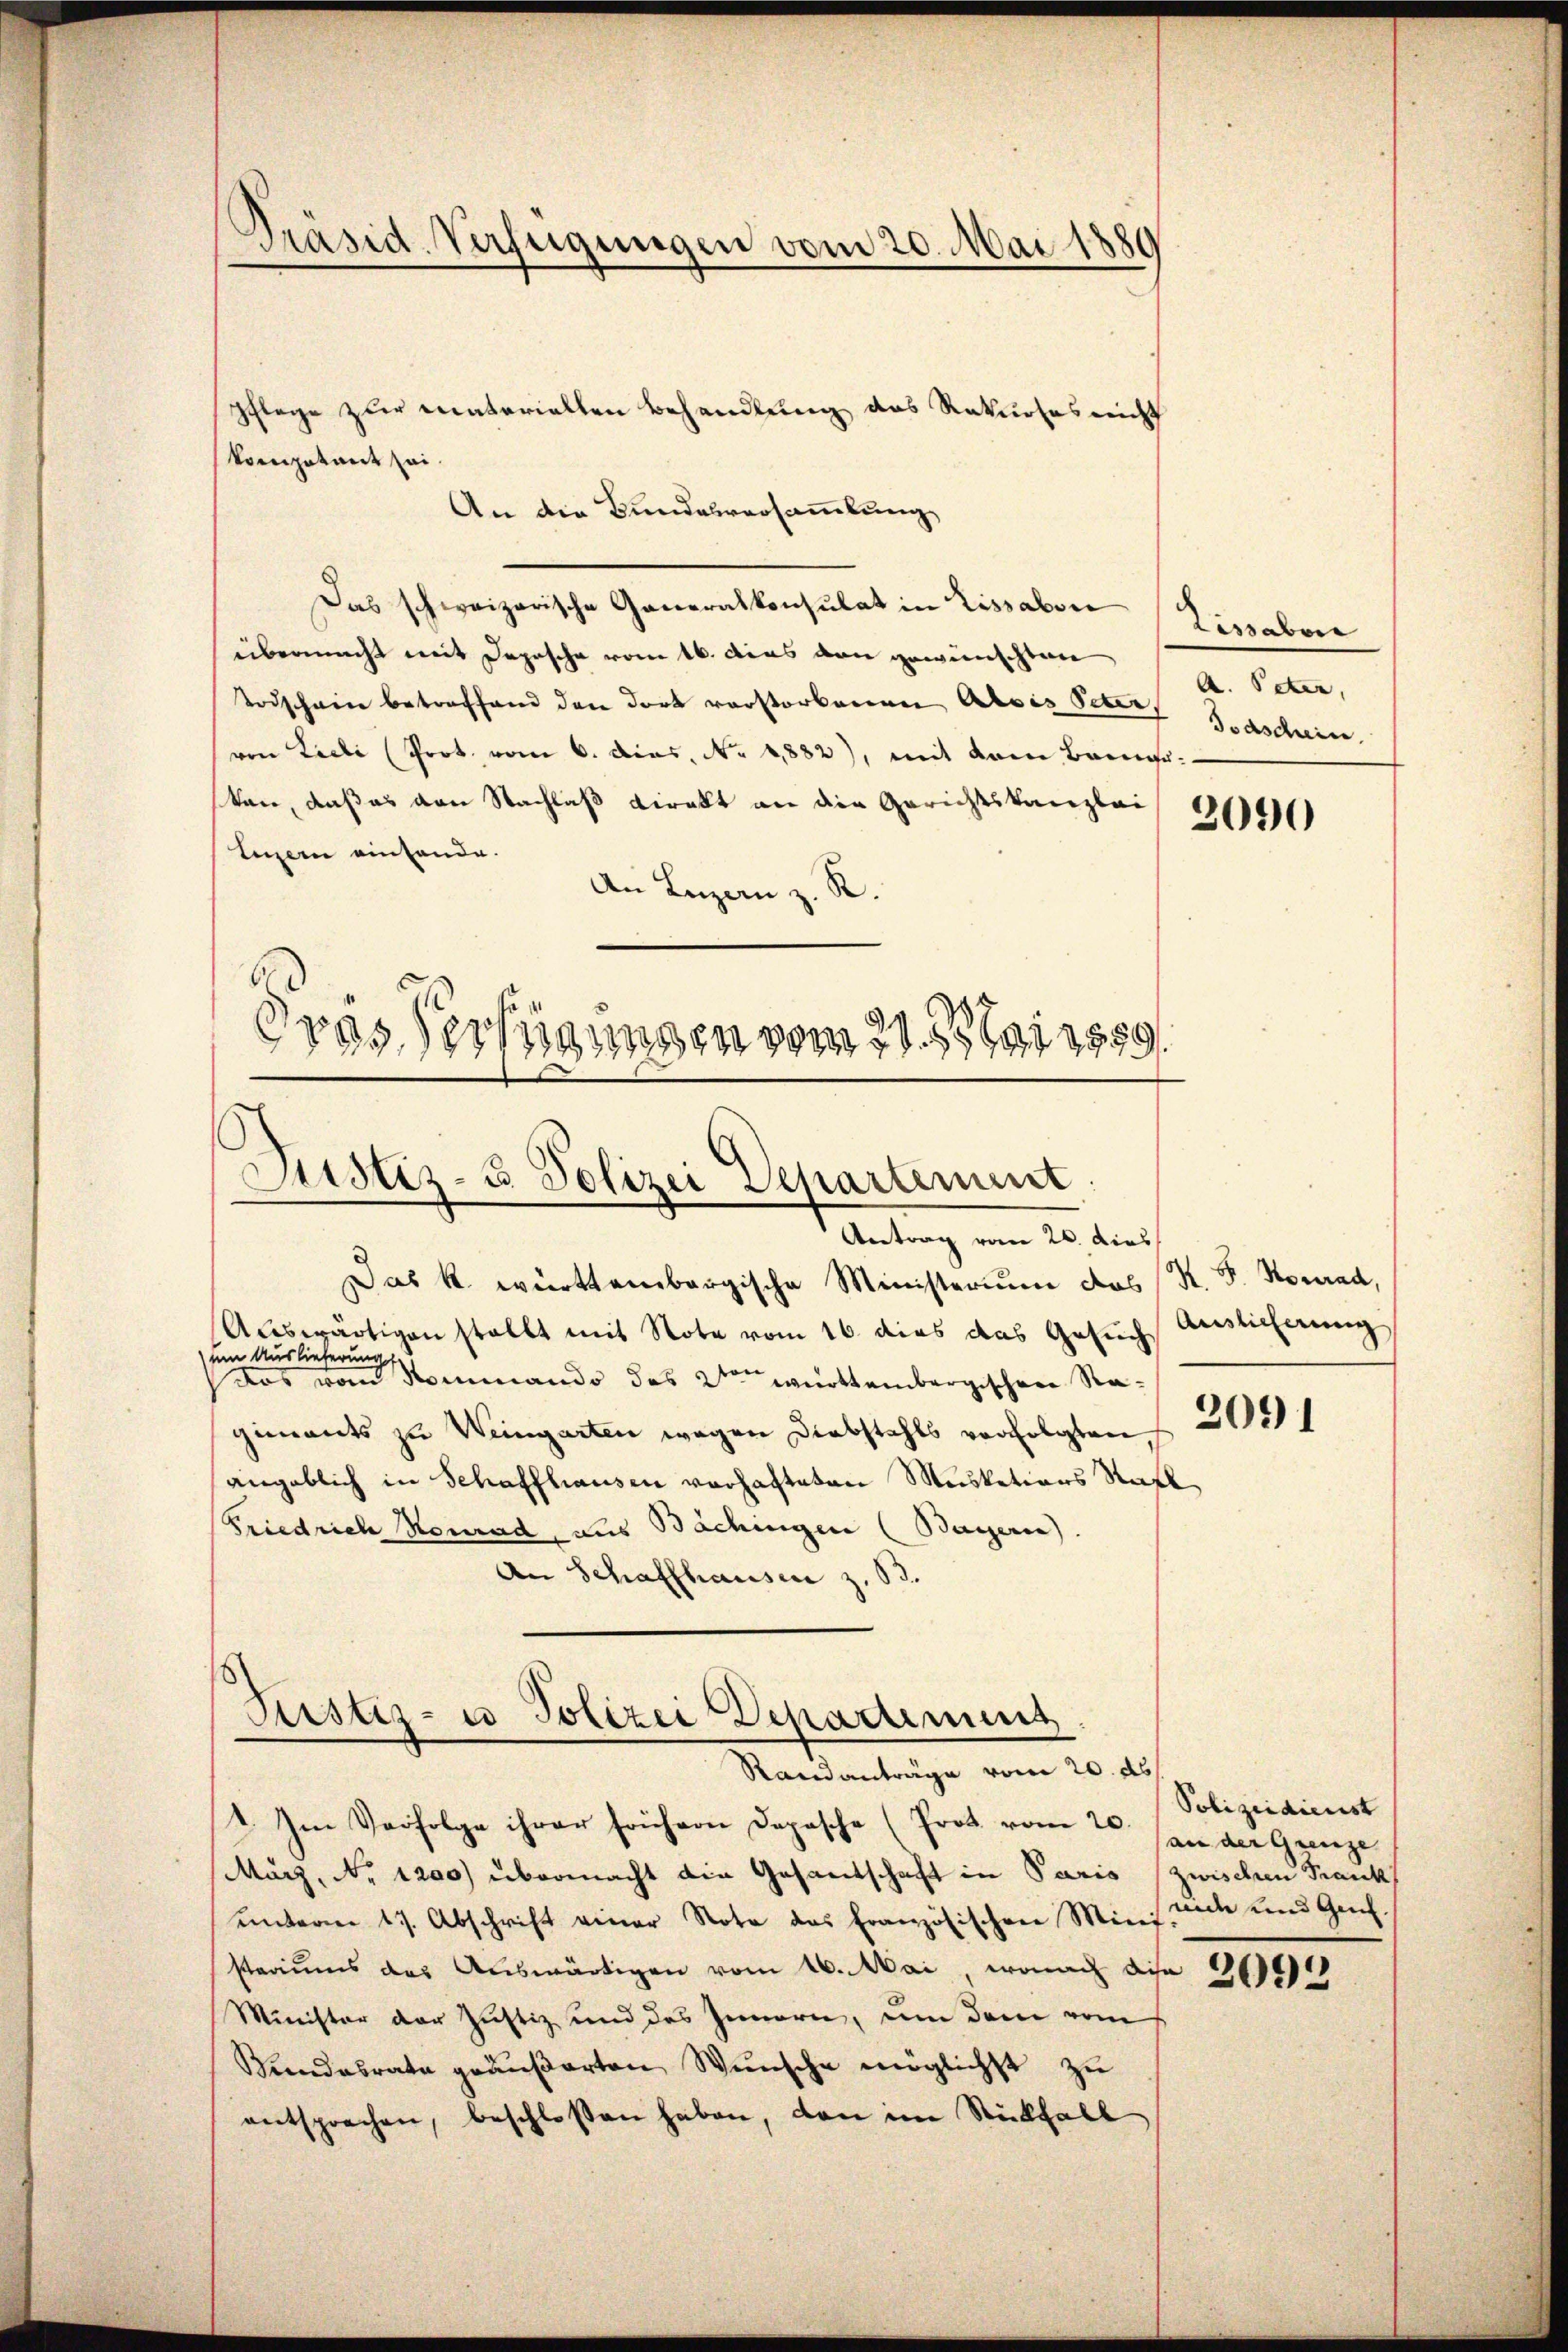
Präsid. Verfügungen vom 20. Mai 1880

kompetent sei.
An die Bundesversammlung
Das schweizerische Generalkonsulat in Lissabon
übermacht mit Depesche vom 16. Das von gewünschten
Todschein betreffend den dort vorstorbenen Alois Peter Taschein.
von Lieli (Prot. vom 6. dies, No. 1882), mit dem Bruns
kan, daß es von Nachlaß direkt an die Gerichtskanzlei
tenzern einhande.
An Luzern z. R.
Gras Verfügungen vom 21. 851 1859.

pflege zur materiellen Behandlung des Rekurses nicht

Justiz- & Polizei Departement

Sistiz- u Polizei Departement
Randanträge vom 20. ds

Lissabon
A. Peter,

Antrag vom 26. dies
Das k. württembergische Ministerium das K. S. Konrad,
Auswärtigen stellt mit Note vom 16. dies das Gesŭch Auslicherung
um Auslieferung
Das vom Nominando des 2ten württembergischen Ragiments zu Weingarten wegen Diebstahls verfolgten,
angeblich in Schaffhausen verhafteten Masketions Statt
Friedrich Konrad, aus Bächingen (Bayern).
An Schaffhausen z. B.

1. Im Verfolge ihrer frühern Depesche (Prot vom 20.
März, No 1200) übermacht die Gesantschaft in Paris zwischen Frank
ŭnterm 17. Abschrift einer Nota das französischen Mini
stariums das Auswärtigen vom 16. Mai, wonach die 2690919
Minister der Justiz und des Innern, um dem vom
Bundesrate geäußerten Wunsche möglichst zu
entsprechen, beschloßen haben, den im Rückfall

2090

2091

Polizeidienst
an der Grenze
nide und Gen